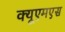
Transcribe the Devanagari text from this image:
क्यूएमएस